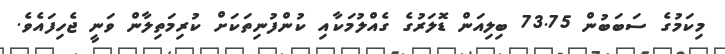
މިކަމުގެ ސަބަބުން 73.75 ބިލިއަން ޑޮލަރުގެ ގެއްލުމަކާއި ކުންފުނިތަކަށް ކުރިމަތިލާން ވަނީ ޖެހިފައެވެ.